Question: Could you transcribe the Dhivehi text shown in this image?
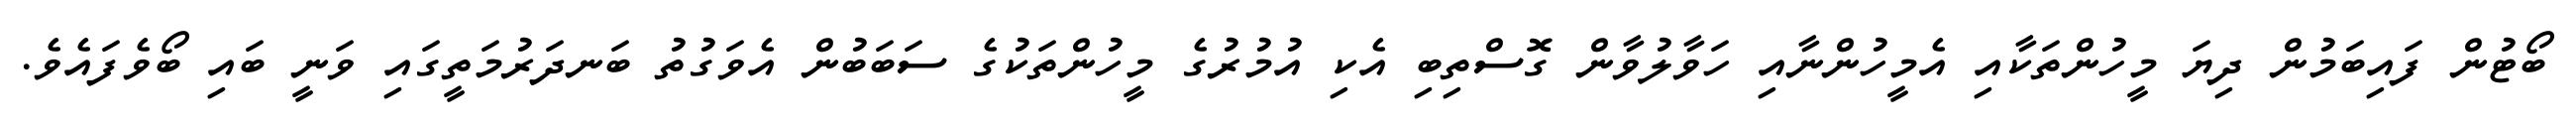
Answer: ބޯޓުން ފައިބަމުން ދިޔަ މީހުންތަކާއި އެމީހުންނާއި ހަވާލުވާން ގޮސްތިބި އެކި އުމުރުގެ މީހުންތަކުގެ ސަބަބުން އެވަގުތު ބަނދަރުމަތީގައި ވަނީ ބައި ބޯވެފައެވެ.